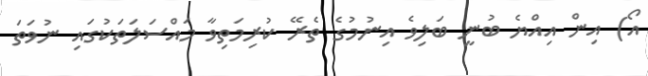
އޯ) އިން އިއްޔެ ބުނީ ބަލިވެ އިނުމުގެ ތެރޭ ކުރިމަތިވާ މައްސަލަތަކުގަައި ނުވަތަ